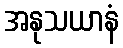
အနုသယာနံ